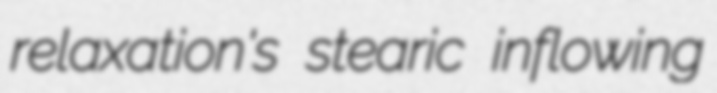
relaxation's stearic inflowing